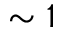
\sim 1